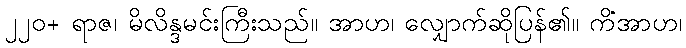
၂၂၀+ ရာဇ၊ မိလိန္ဒမင်းကြီးသည်။ အာဟ၊ လျှောက်ဆိုပြန်၏။ ကိံအာဟ၊